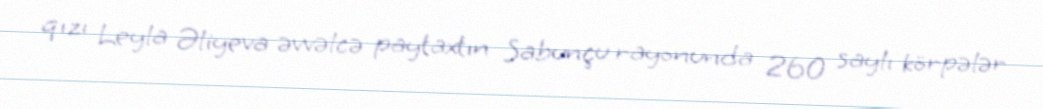
qızı Leyla Əliyeva əvvəlcə paytaxtın Sabunçu rayonunda 260 saylı körpələr